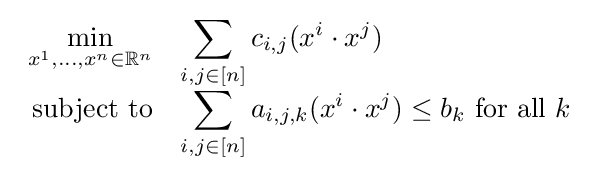
{\begin{array}{rl}{\displaystyle \min _{x^{1},\ldots ,x^{n}\in \mathbb {R} ^{n}}}&{\displaystyle \sum _{i,j\in [n]}c_{i,j}(x^{i}\cdot x^{j})}\\{\text{subject to}}&{\displaystyle \sum _{i,j\in [n]}a_{i,j,k}(x^{i}\cdot x^{j})\leq b_{k}}{\text{  for all }}k\\\end{array}}